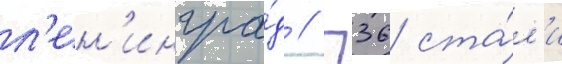
л'ен'ингра́д // П36 ста́л'и